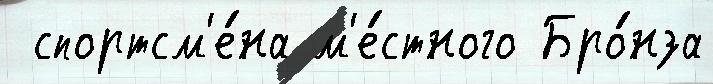
 спортсм'е́на м'е́стного Бро́нза